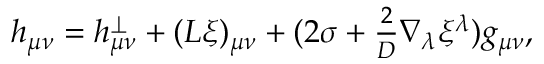
h _ { \mu \nu } = h _ { \mu \nu } ^ { \perp } + ( L \xi ) _ { \mu \nu } + ( 2 \sigma + { \textstyle { \frac { 2 } { D } } } \nabla _ { \lambda } \xi ^ { \lambda } ) g _ { \mu \nu } ,